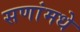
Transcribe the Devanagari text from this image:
सणांमधे